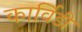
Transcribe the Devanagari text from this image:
कार्विडी